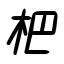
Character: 杷